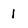
Character: 1